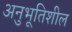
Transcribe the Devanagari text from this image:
अनुभूतिशील